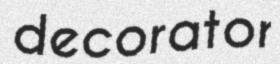
decorator